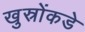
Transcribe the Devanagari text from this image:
खुस्रोंकडे